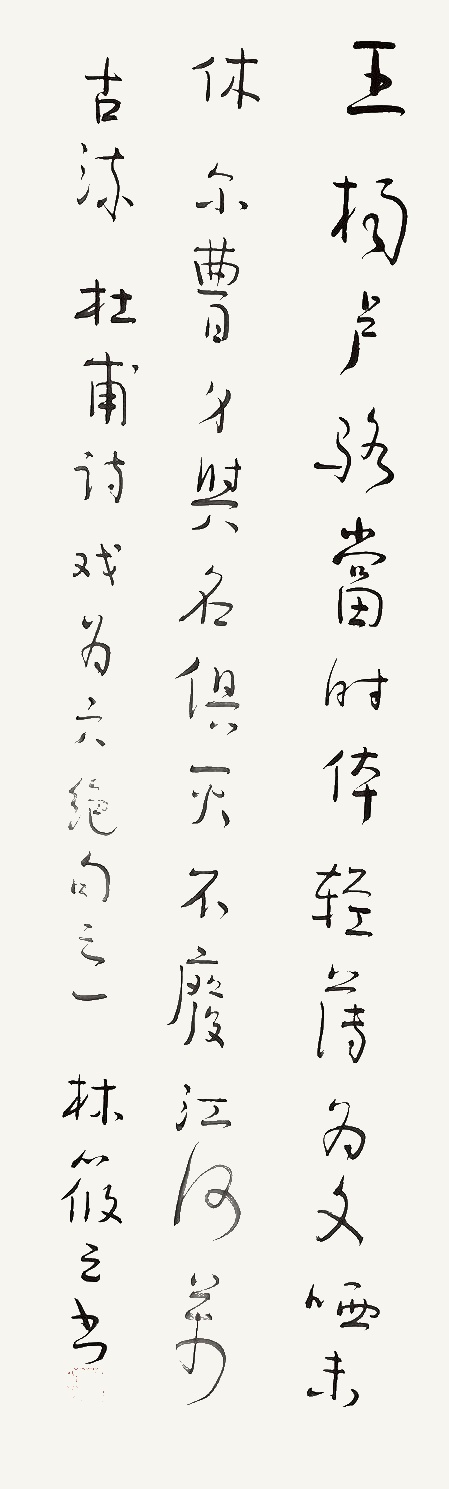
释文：杨王卢骆当时体，轻薄为文哂未休。尔曹身与名俱灭，不废江河万古流。杜甫诗戏为六绝之一，林筱之书。